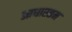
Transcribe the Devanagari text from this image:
आधारतम